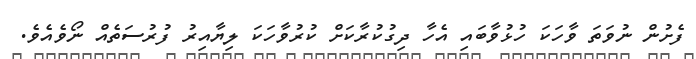
ފެށުން ނުވަތަ ވާހަކަ ހުޅުވާބައި އެހާ ދިގުކުރާކަށް ކުރުވާހަކަ ލިޔާއިރު ފުރުސަތެއް ނޯވެއެވެ.